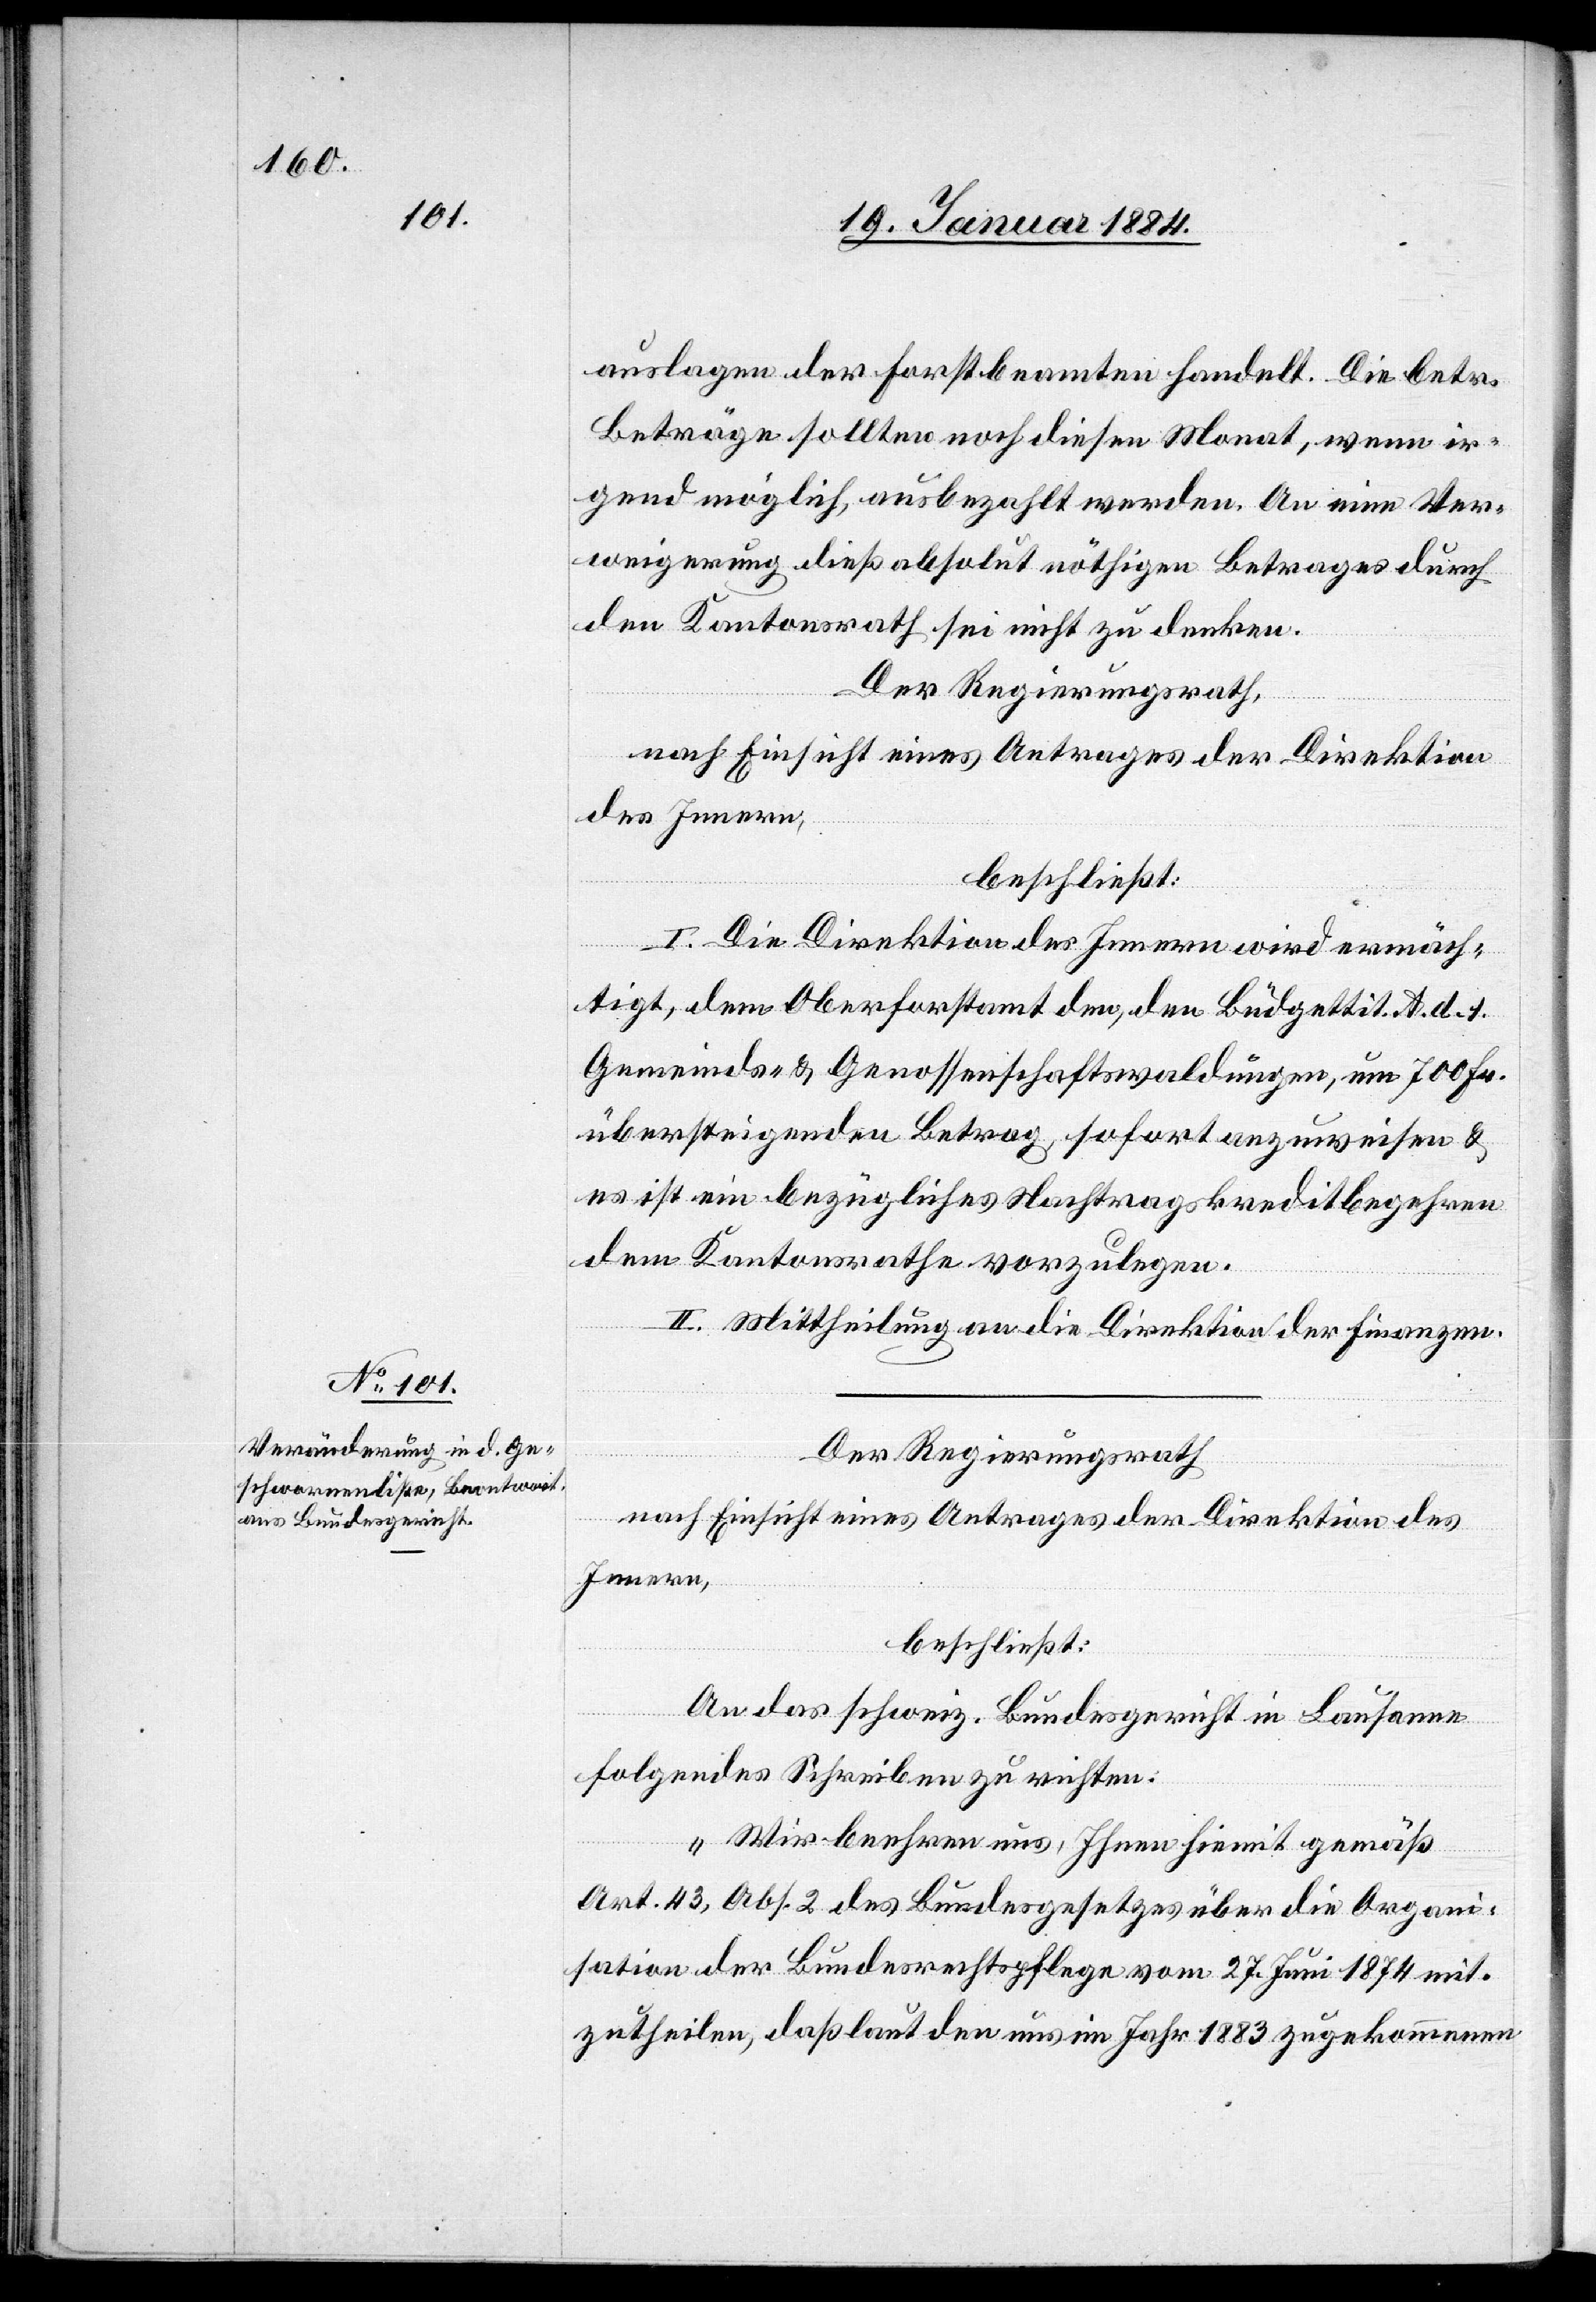
auslagen der Forstbeamten handelt. Die betr.
Beträge sollten noch diesen Monat, wenn ir¬
gend möglich, ausbezahlt werden. An eine Ver¬
weigerung dieß absolut nöthigen Betrages durch
den Kantonsrath sei nicht zu denken.
Der Regierungsrath,
nach Einsicht eines Antrages der Direktion
des Innern,
beschließt:
I. Die Direktion des Innern wird ermäch¬
tigt, dem Oberforstamt den, den Büdgettit. A. d. 1.
Gemeinds- & Genossenschaftswaldungen, um 700 Fr.
übersteigenden Betrag, sofort auszuweisen &
es ist ein bezügliches Nachtragskreditbegehren
dem Kantonsrathe vorzulegen.
II. Mittheilung an die Direktion der Finanzen.
Der Regierungsrath
nach Einsicht eines Antrages der Direktion des
Innern,
beschließt:
An das schweiz. Bundesgericht in Lausanne
folgendes Schreiben zu richten:
„Wir beehren uns, Ihnen hiemit gemäß
Art. 43, Abs. 2 des Bundesgesetzes über die Organi¬
sation der Bundesrechtspflege vom 27. Juni 1874 mit¬
zutheilen, daß laut den uns im Jahr 1883 zugekommenen